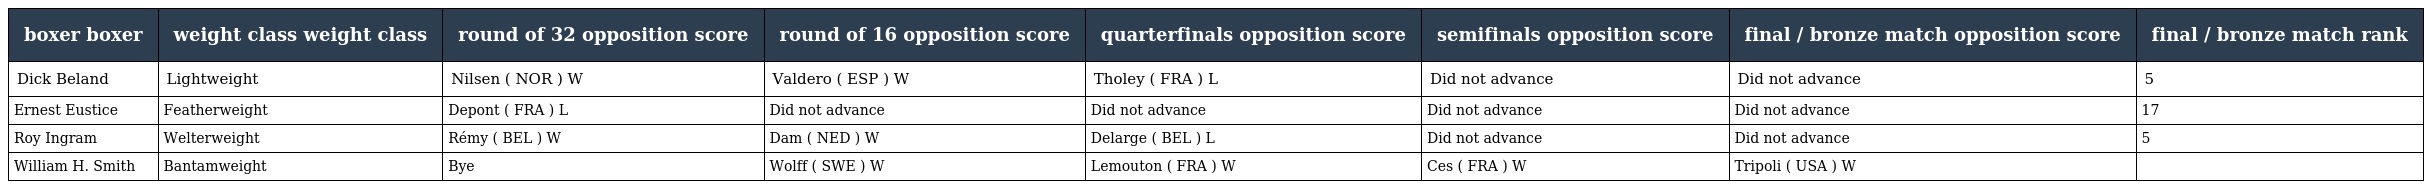
| boxer boxer | weight class weight class | round of 32 opposition score | round of 16 opposition score | quarterfinals opposition score | semifinals opposition score | final / bronze match opposition score | final / bronze match rank |
 | --- | --- | --- | --- | --- | --- | --- | --- |
 | Dick Beland | Lightweight | Nilsen ( NOR ) W | Valdero ( ESP ) W | Tholey ( FRA ) L | Did not advance | Did not advance | 5 |
 | Ernest Eustice | Featherweight | Depont ( FRA ) L | Did not advance | Did not advance | Did not advance | Did not advance | 17 |
 | Roy Ingram | Welterweight | Rémy ( BEL ) W | Dam ( NED ) W | Delarge ( BEL ) L | Did not advance | Did not advance | 5 |
 | William H. Smith | Bantamweight | Bye | Wolff ( SWE ) W | Lemouton ( FRA ) W | Ces ( FRA ) W | Tripoli ( USA ) W |  |